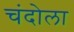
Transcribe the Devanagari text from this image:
चंदोला